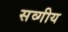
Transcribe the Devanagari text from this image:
सव्गीय